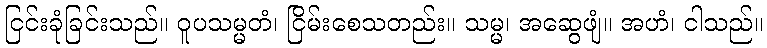
ငြင်းခုံခြင်းသည်။ ဝူပသမ္မတံ၊ ငြိမ်းစေသတည်း။ သမ္မ၊ အဆွေဖျံ။ အဟံ၊ ငါသည်။